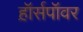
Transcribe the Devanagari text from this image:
ह़ॉर्सपॉवर